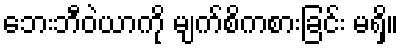
ဘေးဘီဝဲယာကို မျက်စိကစားခြင်း မရှိ။